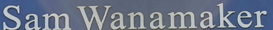
Sam Wanamaker